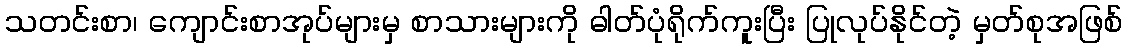
သတင်းစာ၊ ကျောင်းစာအုပ်များမှ စာသားများကို ဓါတ်ပုံရိုက်ကူးပြီး ပြုလုပ်နိုင်တဲ့ မှတ်စုအဖြစ်